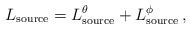
LaTeX: \begin{align*}L_{{\rm source}} = L_{{\rm source}}^\theta + L_{{\rm source}}^\phi \,,\end{align*}